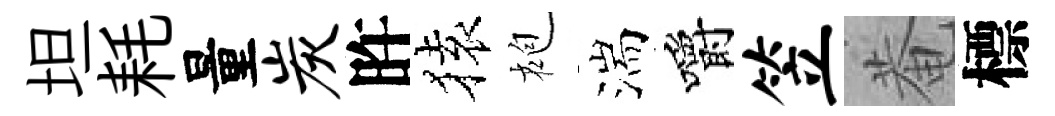
坦耗量炭旿𫞤袍湍嚼笠菴標